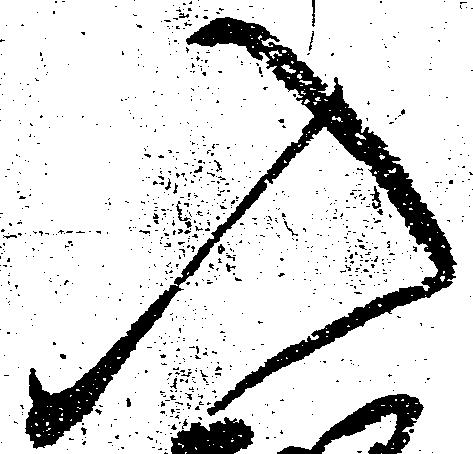
入